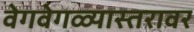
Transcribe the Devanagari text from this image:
वेगवेगळ्यास्तरावर